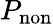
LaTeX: P_{\mathrm{non}}